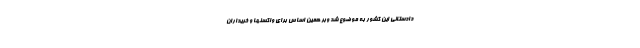
دادستانی این کشور به موضوع شد وبر همین اساس برای واکسنها و خریداران